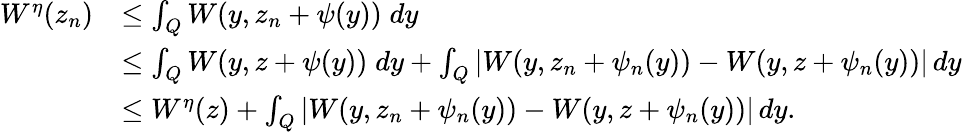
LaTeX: \begin{array}{rl}{W^{\eta}(z_{n})}&{\leq\int_{Q}W(y,z_{n}+\psi(y))\; dy}\\ &{\leq\int_{Q}W(y,z+\psi(y))\; dy+\int_{Q}\left|W(y,z_{n}+\psi_{n}(y))-W(y,z+\psi_{n}(y))\right|\, dy}\\ &{\leq W^{\eta}(z)+\int_{Q}\left|W(y,z_{n}+\psi_{n}(y))-W(y,z+\psi_{n}(y))\right|\, dy.}\end{array}